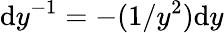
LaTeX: \mathrm{d}y^{-1}=-(1/y^{2})\mathrm{d}y